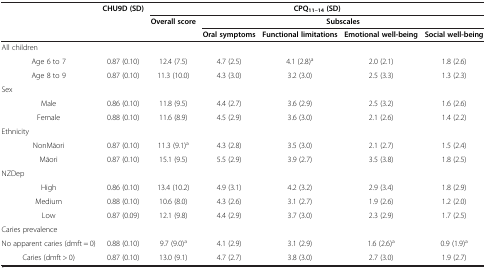
<table><thead><tr><td><b> </b></td><td><b>CHU9D (SD)</b></td><td colspan="5"><b>CPQ<sub>11–14 </sub>(SD)</b></td></tr><tr><td><b> </b></td><td><b> </b></td><td><b>Overall score</b></td><td colspan="4"><b>Subscales</b></td></tr><tr><td><b> </b></td><td><b> </b></td><td><b> </b></td><td><b>Oral symptoms</b></td><td><b>Functional limitations</b></td><td><b>Emotional well-being</b></td><td><b>Social well-being</b></td></tr></thead><tbody><tr><td>All children</td><td> </td><td> </td><td> </td><td> </td><td> </td><td> </td></tr><tr><td>Age 6 to 7</td><td>0.87 (0.10)</td><td>12.4 (7.5)</td><td>4.7 (2.5)</td><td>4.1 (2.8)<sup>a</sup></td><td>2.0 (2.1)</td><td>1.8 (2.6)</td></tr><tr><td>Age 8 to 9</td><td>0.87 (0.10)</td><td>11.3 (10.0)</td><td>4.3 (3.0)</td><td>3.2 (3.0)</td><td>2.5 (3.3)</td><td>1.3 (2.3)</td></tr><tr><td>Sex</td><td> </td><td> </td><td> </td><td> </td><td> </td><td> </td></tr><tr><td>Male</td><td>0.86 (0.10)</td><td>11.8 (9.5)</td><td>4.4 (2.7)</td><td>3.6 (2.9)</td><td>2.5 (3.2)</td><td>1.6 (2.6)</td></tr><tr><td>Female</td><td>0.88 (0.10)</td><td>11.6 (8.9)</td><td>4.5 (2.9)</td><td>3.6 (3.0)</td><td>2.1 (2.6)</td><td>1.4 (2.2)</td></tr><tr><td>Ethnicity</td><td> </td><td> </td><td> </td><td> </td><td> </td><td> </td></tr><tr><td>NonMāori</td><td>0.87 (0.10)</td><td>11.3 (9.1)<sup>a</sup></td><td>4.3 (2.8)</td><td>3.5 (3.0)</td><td>2.1 (2.7)</td><td>1.5 (2.4)</td></tr><tr><td>Māori</td><td>0.87 (0.10)</td><td>15.1 (9.5)</td><td>5.5 (2.9)</td><td>3.9 (2.7)</td><td>3.5 (3.8)</td><td>1.8 (2.5)</td></tr><tr><td>NZDep</td><td> </td><td> </td><td> </td><td> </td><td> </td><td> </td></tr><tr><td>High</td><td>0.86 (0.10)</td><td>13.4 (10.2)</td><td>4.9 (3.1)</td><td>4.2 (3.2)</td><td>2.9 (3.4)</td><td>1.8 (2.9)</td></tr><tr><td>Medium</td><td>0.88 (0.10)</td><td>10.6 (8.0)</td><td>4.3 (2.6)</td><td>3.1 (2.7)</td><td>1.9 (2.6)</td><td>1.2 (2.0)</td></tr><tr><td>Low</td><td>0.87 (0.09)</td><td>12.1 (9.8)</td><td>4.4 (2.9)</td><td>3.7 (3.0)</td><td>2.3 (2.9)</td><td>1.7 (2.5)</td></tr><tr><td>Caries prevalence</td><td> </td><td> </td><td> </td><td> </td><td> </td><td> </td></tr><tr><td>No apparent caries (dmft = 0)</td><td>0.88 (0.10)</td><td>9.7 (9.0)<sup>a</sup></td><td>4.1 (2.9)</td><td>3.1 (2.9)</td><td>1.6 (2.6)<sup>a</sup></td><td>0.9 (1.9)<sup>a</sup></td></tr><tr><td>Caries (dmft &gt; 0)</td><td>0.87 (0.10)</td><td>13.0 (9.1)</td><td>4.7 (2.7)</td><td>3.8 (3.0)</td><td>2.7 (3.0)</td><td>1.9 (2.7)</td></tr></tbody></table>